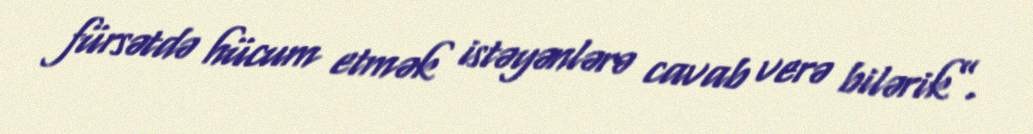
fürsətdə hücum etmək istəyənlərə cavab verə bilərik”.